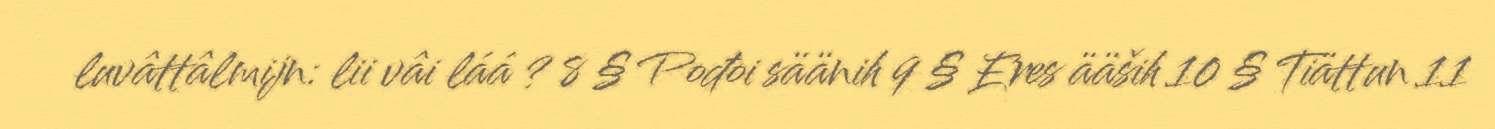
luvâttâlmijn: lii vâi láá ? 8 § Pođoi säänih 9 § Eres ääših 10 § Tiättun 11